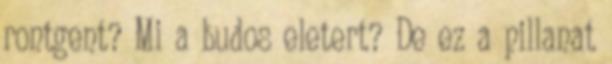
rontgent? Mi a budos eletert? De ez a pillanat